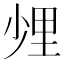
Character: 𨤢